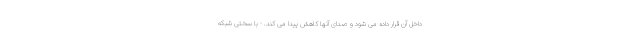
داخل آن قرار داده می شود و صدای آنها کاهش پیدا می کند. - با سختی شبکه